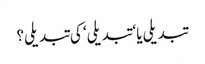
تبدیلی یا ‘تبدیلی‘ کی تبدیلی؟